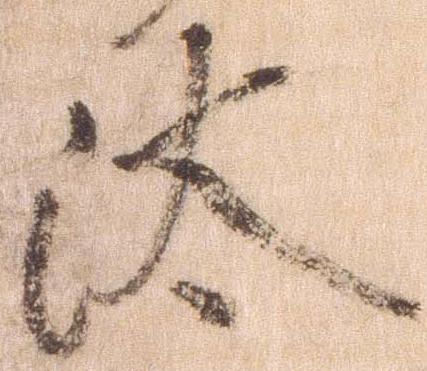
汰